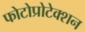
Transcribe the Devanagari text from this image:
फोटोप्रोटेक्शन